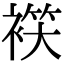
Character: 𧛒